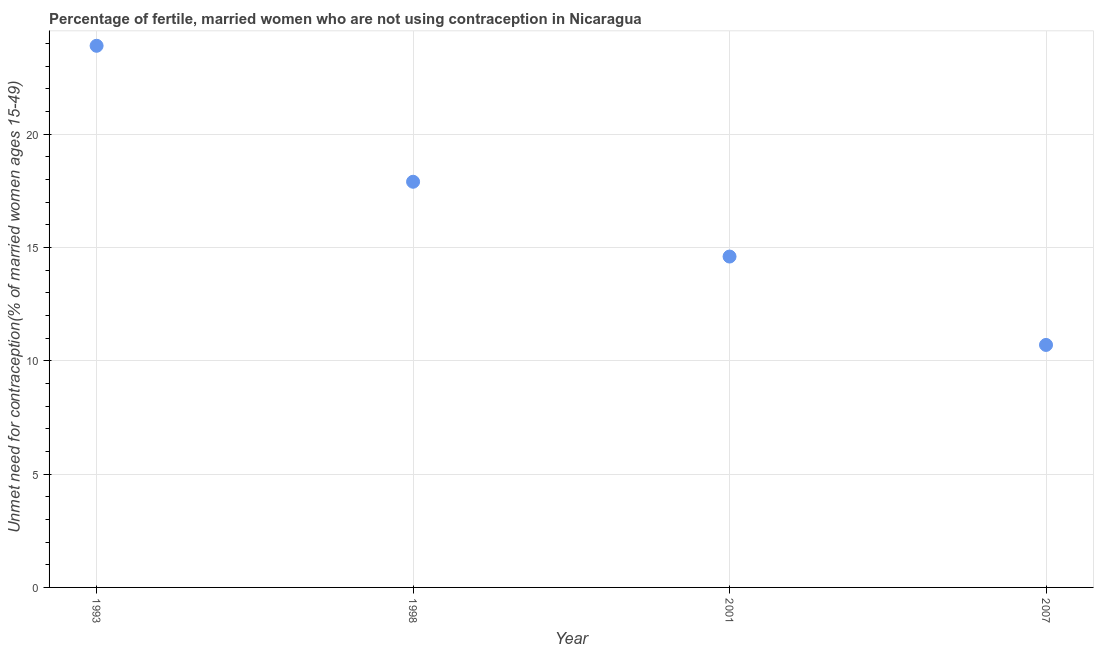
| Year | Unmet need for contraception |
 | --- | --- |
 | 1993 | 23.9 |
 | 1998 | 17.9 |
 | 2001 | 14.6 |
 | 2007 | 10.7 |